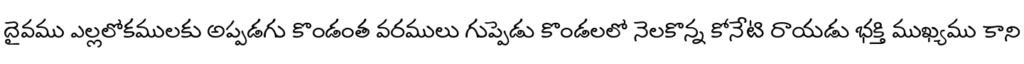
దైవము ఎల్లలోకములకు అప్పడగు కొండంత వరములు గుప్పెడు కొండలలో నెలకొన్న కోనేటి రాయడు భక్తి ముఖ్యము కాని